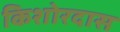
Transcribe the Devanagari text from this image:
किशोरदास